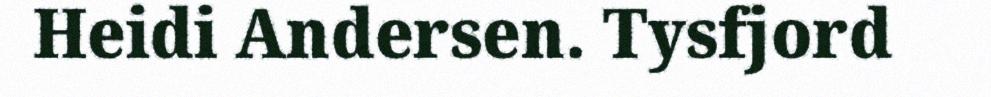
Heidi Andersen. Tysfjord